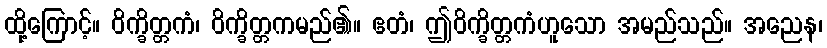
ထို့ကြောင့်။ ဝိက္ခိတ္တကံ၊ ဝိက္ခိတ္တကမည်၏။ ဧတံ၊ ဤဝိက္ခိတ္တကံဟူသော အမည်သည်။ အညေန၊